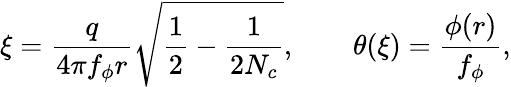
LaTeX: \xi=\frac{q}{4\pi f_{\phi}r}\sqrt{\frac{1}{2}-\frac{1}{2N_{c}}},\qquad\theta(\xi)=\frac{\phi(r)}{f_{\phi}},